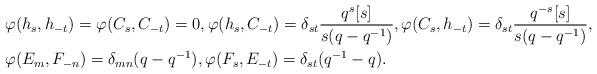
LaTeX: \begin{align*}& \varphi(h_s, h_{-t}) = \varphi(C_s, C_{-t}) = 0,\varphi(h_s, C_{-t}) = \delta_{st} \frac{q^s[s]}{s(q-q^{-1})},\varphi(C_s,h_{-t}) = \delta_{st} \frac{q^{-s}[s]}{s(q-q^{-1})}, \\& \varphi(E_m, F_{-n}) = \delta_{mn} (q-q^{-1}), \varphi(F_s,E_{-t}) = \delta_{st} (q^{-1}-q). \end{align*}